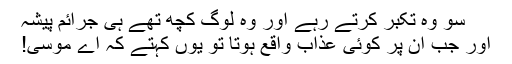
سو وه تکبر کرتے رہے اور وه لوگ کچھ تھے ہی جرائم پیشہ
اور جب ان پر کوئی عذاب واقع ہوتا تو یوں کہتے کہ اے موسیٰ!